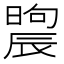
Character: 𣊤